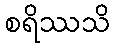
စရိဿသိ